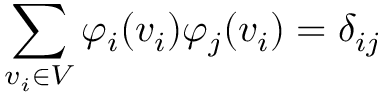
\sum _ { v _ { i } \in V } \varphi _ { i } ( v _ { i } ) \varphi _ { j } ( v _ { i } ) = \delta _ { i j }